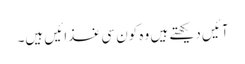
آئیں دیکھتے ہیں وہ کون سی غذائیں ہیں۔